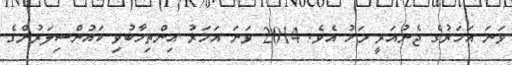
ވަނަ އަހަރުގެ ޖެނުއަރީ މަހު އެވެ. 2014 ވަނަ އަހަރު އިންތިހާބުވި ކައުންސިލަރުންގެ